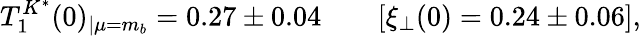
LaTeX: T_{1}^{K^{*}}(0)_{|\mu=m_{b}}=0.27\pm 0.04\qquad[\xi_{\perp}(0)=0.24\pm 0.06],